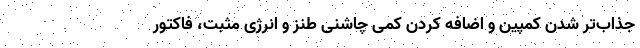
جذاب‌تر شدن کمپین و اضافه کردن کمی چاشنی طنز و انرژی مثبت، فاکتور